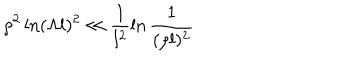
LaTeX: \rho ^ { 2 } \ln ( \Lambda l ) ^ { 2 } \ll \frac { 1 } { l ^ { 2 } } \ln \frac { 1 } { ( \rho l ) ^ { 2 } }